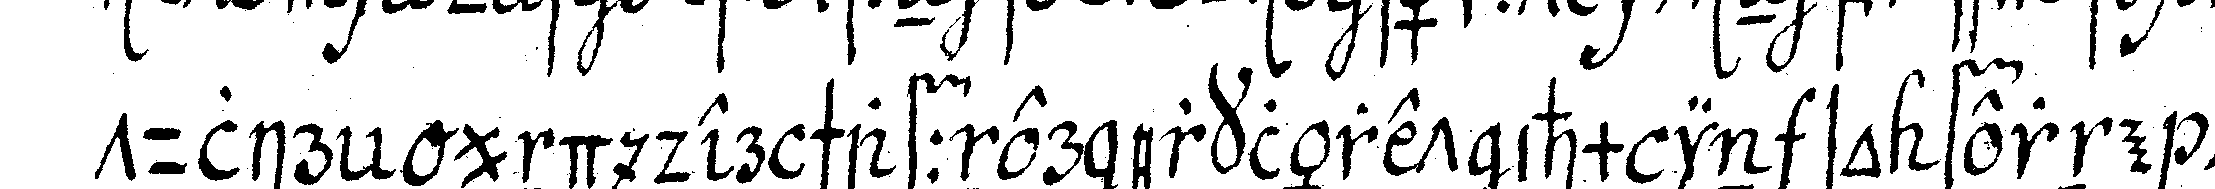
tulireN und der schaffner erkläret ihm in so ferne die